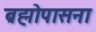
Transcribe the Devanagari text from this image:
ब्रह्मोपासना